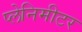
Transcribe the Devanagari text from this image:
प्लेनिमीटर